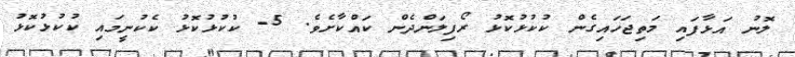
ލޮނު އަޅާފައި މަތިޖަހައިގެން ކުކުޅުކޮޅު ރޯފިލަންދެން ކައްކާށެވެ. 5- ކުކުޅުކޮޅު ކެކުނީމައި ކުކުޅުކޮޅު